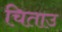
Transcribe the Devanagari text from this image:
चिताउ